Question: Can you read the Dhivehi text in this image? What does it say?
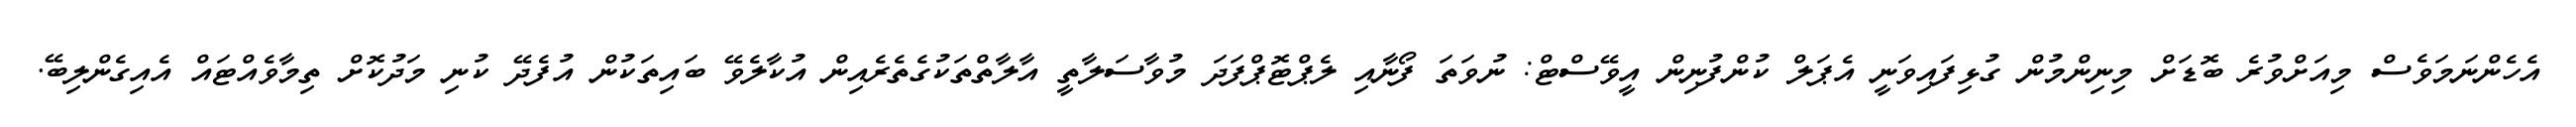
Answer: އެހެންނަމަވެސް މިއަށްވުރެ ބޮޑަށް މިނިންމުން ގުޅިފައިވަނީ އެޕަލް ކުންފުނިން އީވޭސްޓް: ނުވަތަ ފޯނާއި ލެޕްޓޮޕްފަދަ މުވާސަލާތީ އާލާތްތަކުގެތެރެއިން އުކާލެވޭ ބައިތަކުން އުފެދޭ ކުނި މަދުކޮށް ތިމާވެއްޓައް އެއިގެންލިބޭ.